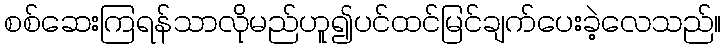
စစ်ဆေးကြရန်သာလိုမည်ဟူ၍ပင်ထင်မြင်ချက်ပေးခဲ့လေသည်။